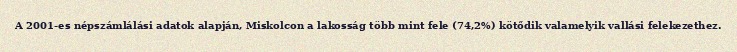
A 2001-es népszámlálási adatok alapján, Miskolcon a lakosság több mint fele (74,2%) kötődik valamelyik vallási felekezethez.